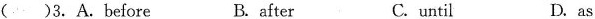
( )3.A.Before B. after C. until D.as